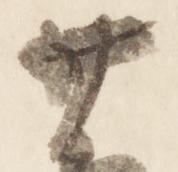
廿